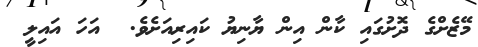
މޭޒެށްގެ ދޮށުގައި ކާން އިން ޔާނިޔު ކައިރިއަށެވެ.  އަހަ އައިލީ